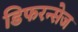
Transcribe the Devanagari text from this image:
डिफरन्सेज